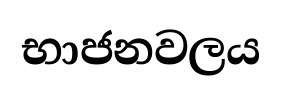
භාජනවලය